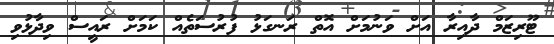
ޓޫރިޒަމް ދާއިރާ އަށް ވަނުމަށް އޮތް ރަނގަޅު ފުރުސަތެއް ކަމަށް ރައީސް ވިދާޅުވި